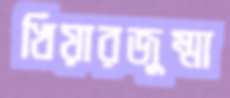
খিয়ারজুম্মা